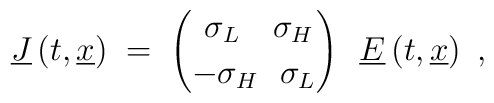
\underline{J} \left(t, \underline{x}\right) \;=\; {~\sigma_L~~~\sigma_H \choose -\sigma_H~~\sigma_L} ~~\underline{E}\left( t, \underline{x}\right)~,